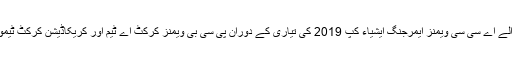
ملتان: ایم سی جی گراؤنڈ میں ، سری لنکا میں ہونے والے اے سی سی ویمنز ایمرجنگ ایشیاء کپ 2019 کی تیاری کے دوران پی سی بی ویمنز کرکٹ اے ٹیم اور کریکاڈیشن کرکٹ ٹیموں کے مابین کھیلے جانے والے کرکٹ میچ کا نظارہ۔